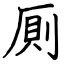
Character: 厠